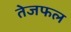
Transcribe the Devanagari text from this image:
तेजफल